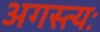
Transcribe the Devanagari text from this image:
अगस्त्यः